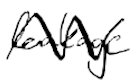
Text: leakage
Cross-out: zig-zag
Writing tool: digital_black